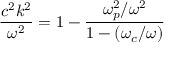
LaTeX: { \frac { c ^ { 2 } k ^ { 2 } } { \omega ^ { 2 } } } = 1 - { \frac { \omega _ { p } ^ { 2 } / \omega ^ { 2 } } { 1 - ( \omega _ { c } / \omega ) } }